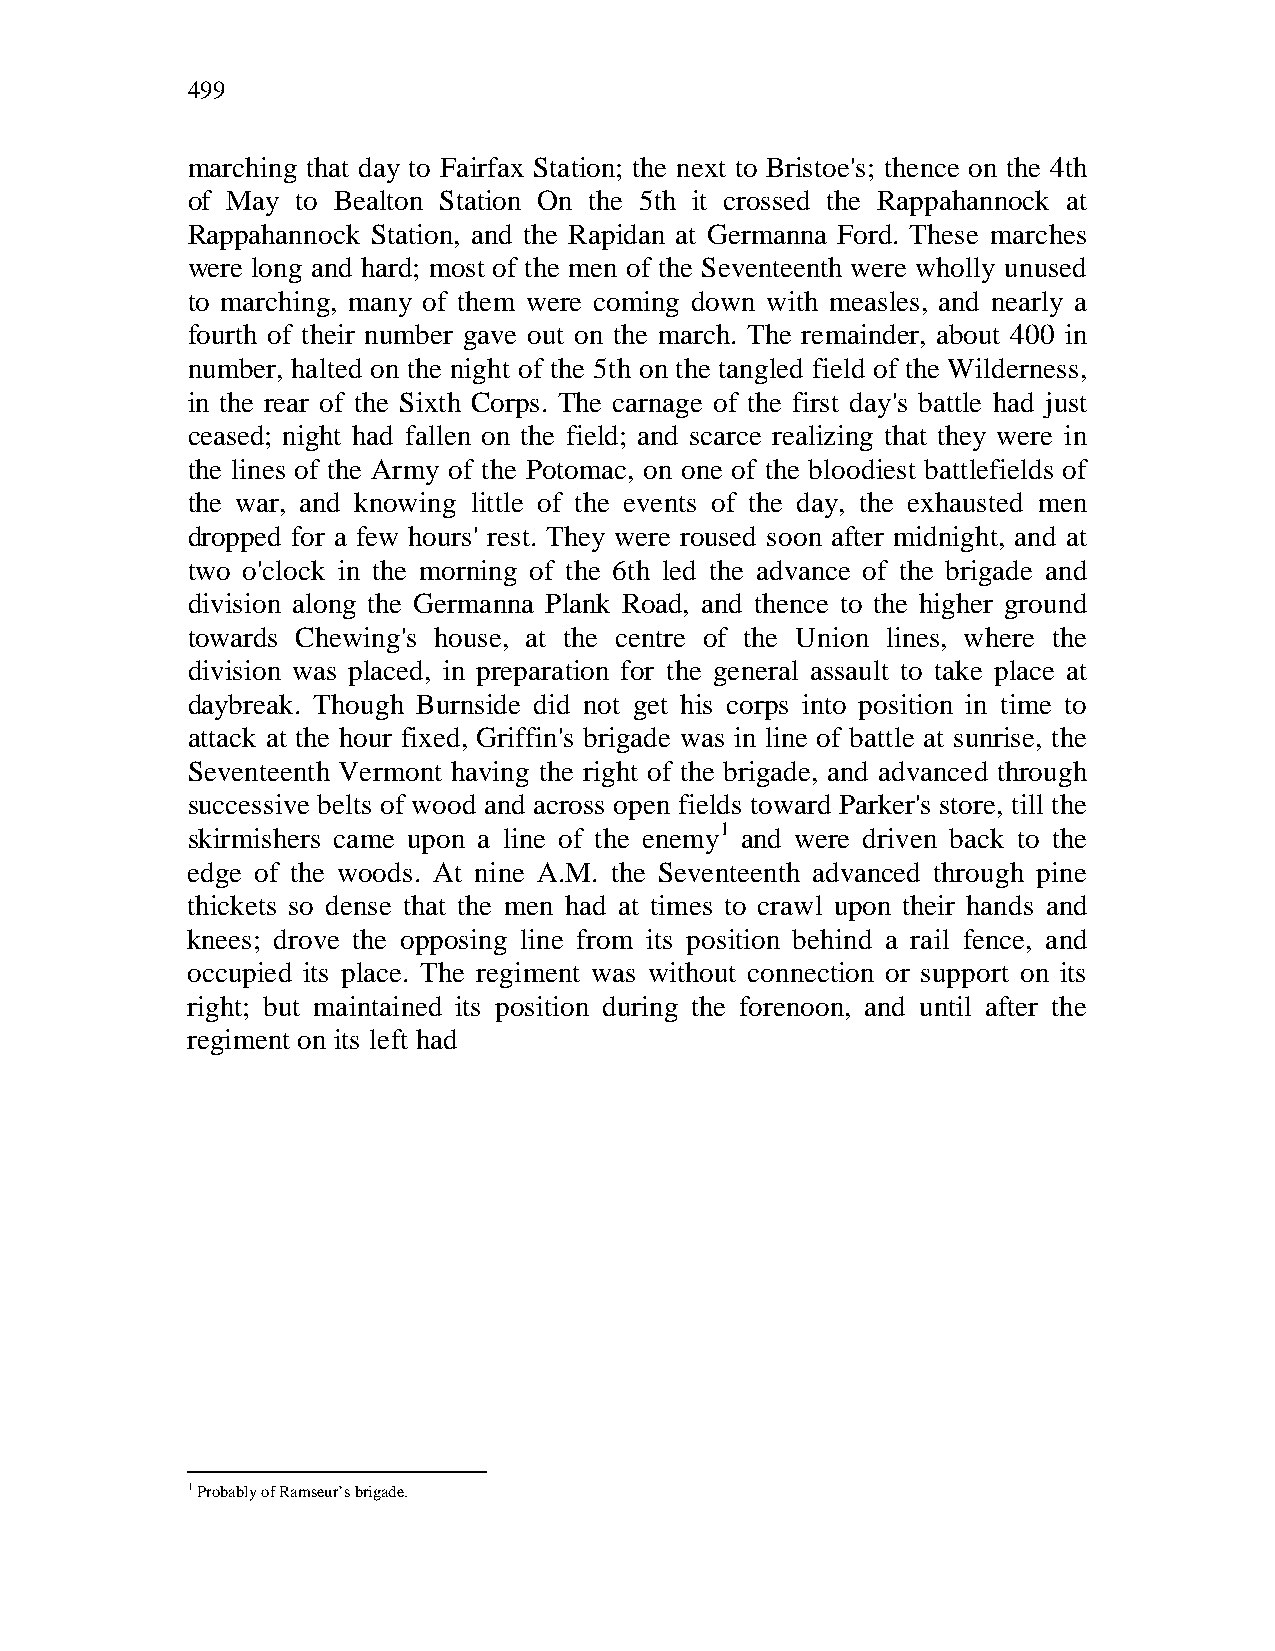
499
 marching that day to Fairfax Station; the next to Bristoe's; thence on the 4th
 of May  to Bealton Station On the 5th it crossed the Rappahannock at
 Rappahannock Station, and the Rapidan at Germanna Ford. These marches
 were long and hard; most of the men of the Seventeenth were wholly unused
 to marching, many of them were coming down with measles, and nearly a
 fourth of their number gave out on the march. The remainder, about 400 in
 number, halted on the night of the 5th on the tangled field of the Wilderness,
 in the rear of the Sixth Corps. The carnage of the first day's battle had just
 ceased; night had fallen on the field; and scarce realizing that they were in
 the lines of the Army of the Potomac, on one of the bloodiest battlefields of
 the war, and knowing little of the events of the day, the exhausted men
 dropped for a few hours' rest. They were roused soon after midnight, and at
 two o'clock in the morning of the 6th led the advance of the brigade and
 division along the Germanna Plank Road, and thence to the higher ground
 towards Chewing's house, at the centre of the Union lines, where the
 division was placed, in preparation for the general assault to take place at
 daybreak. Though Burnside did not get his corps into position in time to
 attack at the hour fixed, Griffin's brigade was in line of battle at sunrise, the
 Seventeenth Vermont having the right of the brigade, and advanced through
 successive belts of wood and across open fields toward Parker's store, till the
 skirmishers came upon a line of the enemy1 and were driven back to the
 edge of the woods. At nine A.M. the Seventeenth advanced through pine
 thickets so dense that the men had at times to crawl upon their hands and
 knees; drove the opposing line from its position behind a rail fence, and
 occupied its place. The regiment was without connection or support on its
 right; but maintained its position during the forenoon, and until after the
 regiment on its left had
 1 Probably of Ramseur’s brigade.